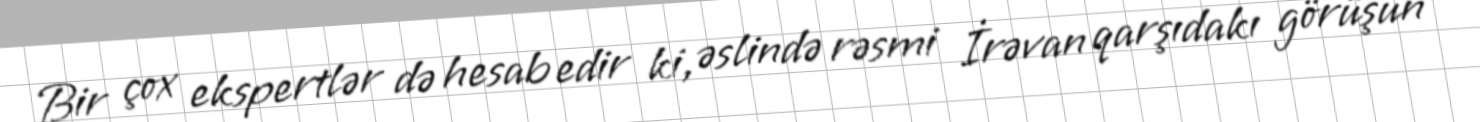
Bir çox ekspertlər də hesab edir ki, əslində rəsmi İrəvan qarşıdakı görüşün